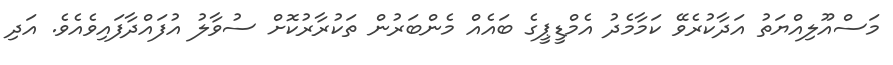
މަސްއޫލިއްޔަތު އަދާކުރެވޭ ކަމާމެދު އެމްޑީޕީގެ ބައެއް މެންބަަރުން ތަކުރާރުކޮށް ސުވާލު އުފައްދާފައިވެއެވެ. އަދި